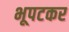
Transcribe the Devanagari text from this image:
भूपटकर